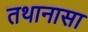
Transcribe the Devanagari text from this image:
तथानासा